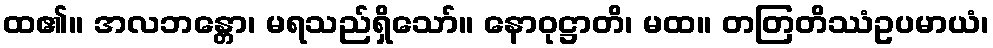
ထ၏။ အလဘန္တော၊ မရသည်ရှိသော်။ နောဝုဋ္ဌာတိ၊ မထ။ တတြတိဿံဥပမာယံ၊